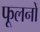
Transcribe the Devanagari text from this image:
फूलनों